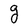
Character: g